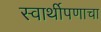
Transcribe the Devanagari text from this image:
स्वार्थीपणाचा